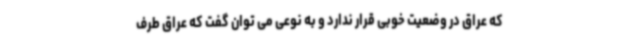
که عراق در وضعیت خوبی قرار ندارد و به نوعی می توان گفت که عراق طرف